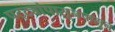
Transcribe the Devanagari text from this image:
पट्ट्यांपासूनपासून